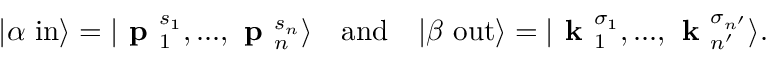
| \alpha \ \mathrm { i n } \rangle = | { \textbf { p } } _ { 1 } ^ { s _ { 1 } } , . . . , { \textbf { p } } _ { n } ^ { s _ { n } } \rangle \quad { \mathrm { a n d } } \quad | \beta \ \mathrm { o u t } \rangle = | { \textbf { k } } _ { 1 } ^ { \sigma _ { 1 } } , . . . , { \textbf { k } } _ { n ^ { \prime } } ^ { \sigma _ { n ^ { \prime } } } \rangle .